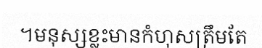
។មនុស្សខ្លះមានកំហុសត្រឹមតែ